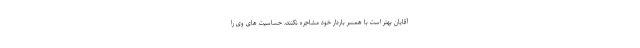
آقایان بهتر است با همسر باردار خود مشاجره نکنند، حساسیت های وی را